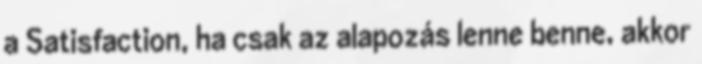
a Satisfaction, ha csak az alapozás lenne benne, akkor